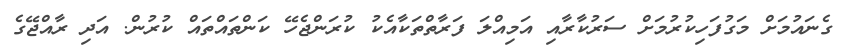
ގެނައުމަށް މަގުފަހިކުރުމަށް ސަރުކާރާއި އަމިއްލަ ފަރާތްތަކާއެކު ކުރަންޖެހޭ ކަންތައްތައް ކުރުން. އަދި ރާއްޖޭގެ